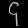
Digit: ၄